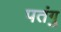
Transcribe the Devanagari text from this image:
पतंगु